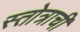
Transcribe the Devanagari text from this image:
स्तोत्राची